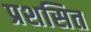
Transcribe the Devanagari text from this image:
प्रशसित